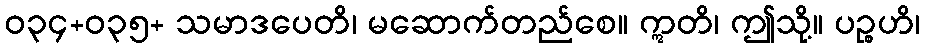
ဝ၃၄+၀၃၅+ သမာဒပေတိ၊ မဆောက်တည်စေ။ ဣတိ၊ ဤသို့။ ပဉ္စဟိ၊